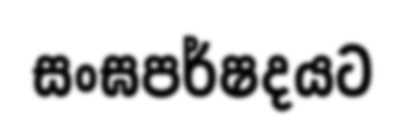
සංඝපර්ෂදයට